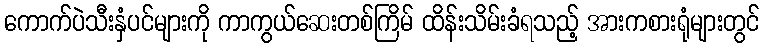
ကောက်ပဲသီးနှံပင်များကို ကာကွယ်ဆေးတစ်ကြိမ် ထိန်းသိမ်းခံရသည့် အားကစားရုံများတွင်